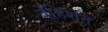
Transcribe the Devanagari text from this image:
बेहिशत